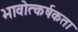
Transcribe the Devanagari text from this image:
भावोत्कर्षकता